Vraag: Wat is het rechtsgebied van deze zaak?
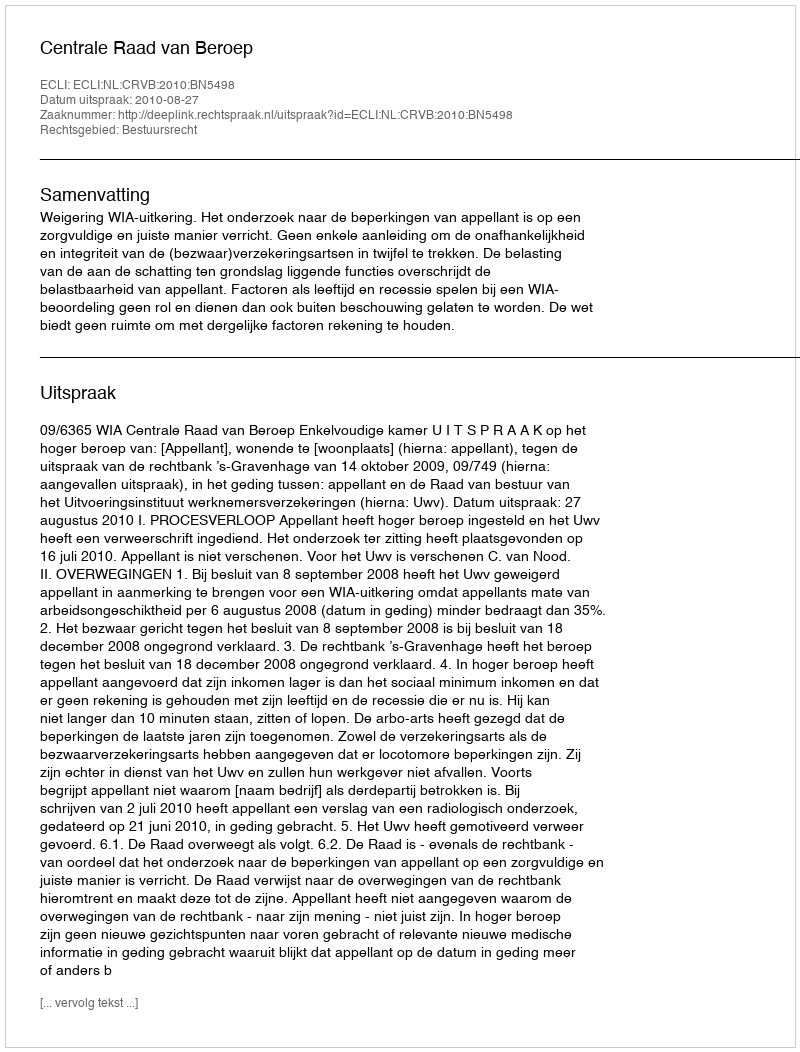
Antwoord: Bestuursrecht